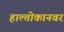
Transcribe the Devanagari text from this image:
हाल्तोकानवर